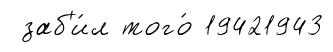
заб'и́л того́ 19421943